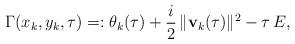
LaTeX: \begin{align*} \Gamma(x_k,y_k,\tau)=:\theta_k(\tau)+\frac{i}{2}\,\|\mathbf{v}_k(\tau)\|^2-\tau\,E,\end{align*}